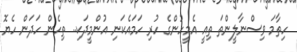
ހިތާމަ ވިސްނާލީންތަ ތިއީ އެމީހުންގެ ހުރި ހަމައެކަނި އުންމީދަކި.. ތިހެން ހަދަން ހެޔޮ